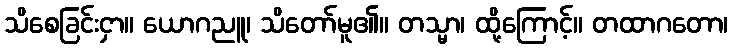
သိစေခြင်းငှာ။ ယောဂညူ၊ သိတော်မူ၏။ တသ္မာ၊ ထို့ကြောင့်။ တထာဂတော၊